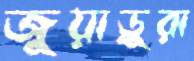
জুয়াড়ুরা